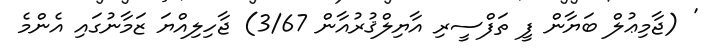
' (ޖާމިޢުލް ބަޔާން ފީ ތަފްސީރި އާޔިލްޤުރުއާން 3/67) ޖާހިލިއްޔަ ޒަމާނުގައި އެންމެ